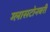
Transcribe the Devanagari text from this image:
ग्लासटोनबरी